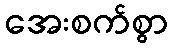
အေးစက်စွာ